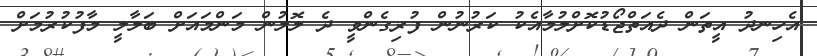
އެހިނދު އީތަން ދެއަތްޖޯޑުކޮށްލުމާއެކު ކަރުނުން ފުރިގެންވީ ދެ ލޮލުން މަންމައަށް ބަލާލީ މާފުކުރުމަށް